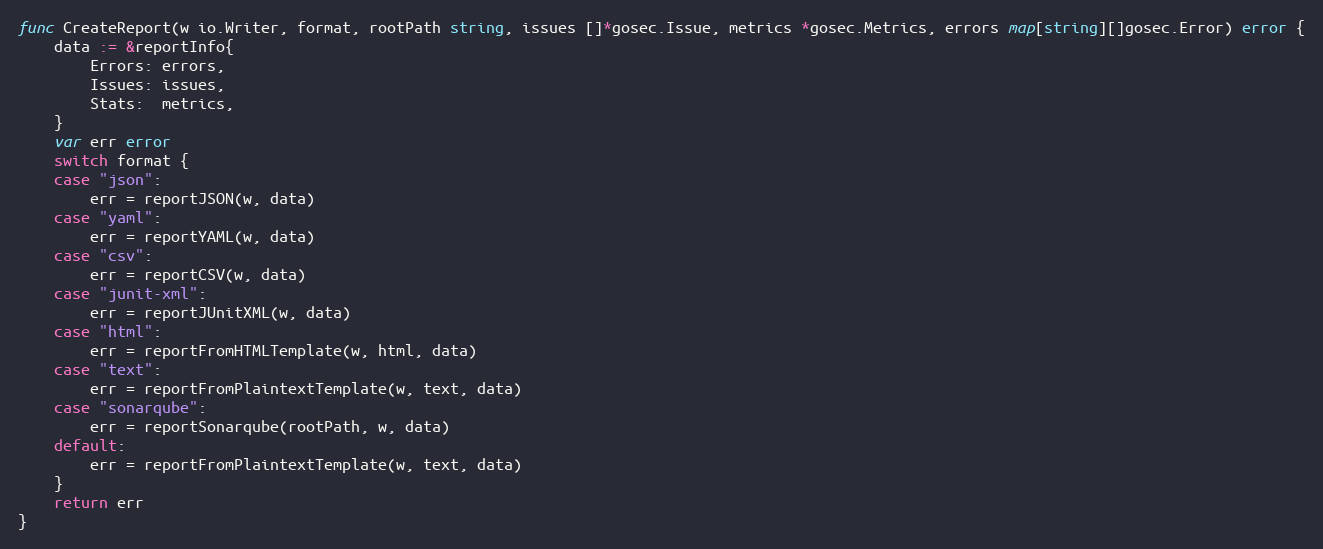
Language: Go
func CreateReport(w io.Writer, format, rootPath string, issues []*gosec.Issue, metrics *gosec.Metrics, errors map[string][]gosec.Error) error {
	data := &reportInfo{
		Errors: errors,
		Issues: issues,
		Stats:  metrics,
	}
	var err error
	switch format {
	case "json":
		err = reportJSON(w, data)
	case "yaml":
		err = reportYAML(w, data)
	case "csv":
		err = reportCSV(w, data)
	case "junit-xml":
		err = reportJUnitXML(w, data)
	case "html":
		err = reportFromHTMLTemplate(w, html, data)
	case "text":
		err = reportFromPlaintextTemplate(w, text, data)
	case "sonarqube":
		err = reportSonarqube(rootPath, w, data)
	default:
		err = reportFromPlaintextTemplate(w, text, data)
	}
	return err
}